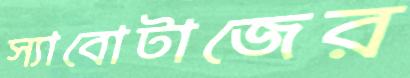
স্যাবোটাজের